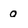
Character: o